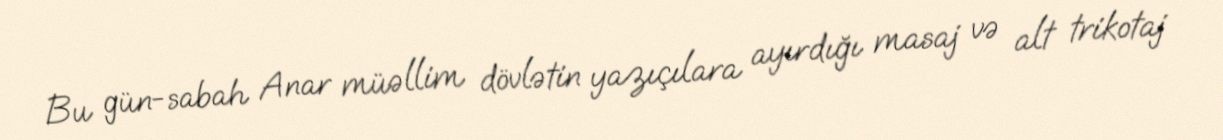
Bu gün-sabah Anar müəllim dövlətin yazıçılara ayırdığı masaj və alt trikotaj